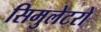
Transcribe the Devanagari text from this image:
सिमुलेटरों